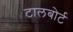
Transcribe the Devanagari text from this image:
टालबोर्ट